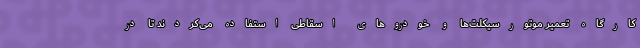
کارگاه تعمیر موتورسیکلت‌ها و خودروهای اسقاطی استفاده می‌کردند تا در